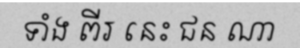
ទាំង ពីរ នេះ ជន ណា